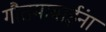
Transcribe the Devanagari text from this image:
गौतमाबाईंना